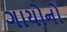
ગાયોનો